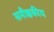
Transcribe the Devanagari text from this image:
समीक्षकीय